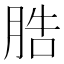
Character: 𦛩